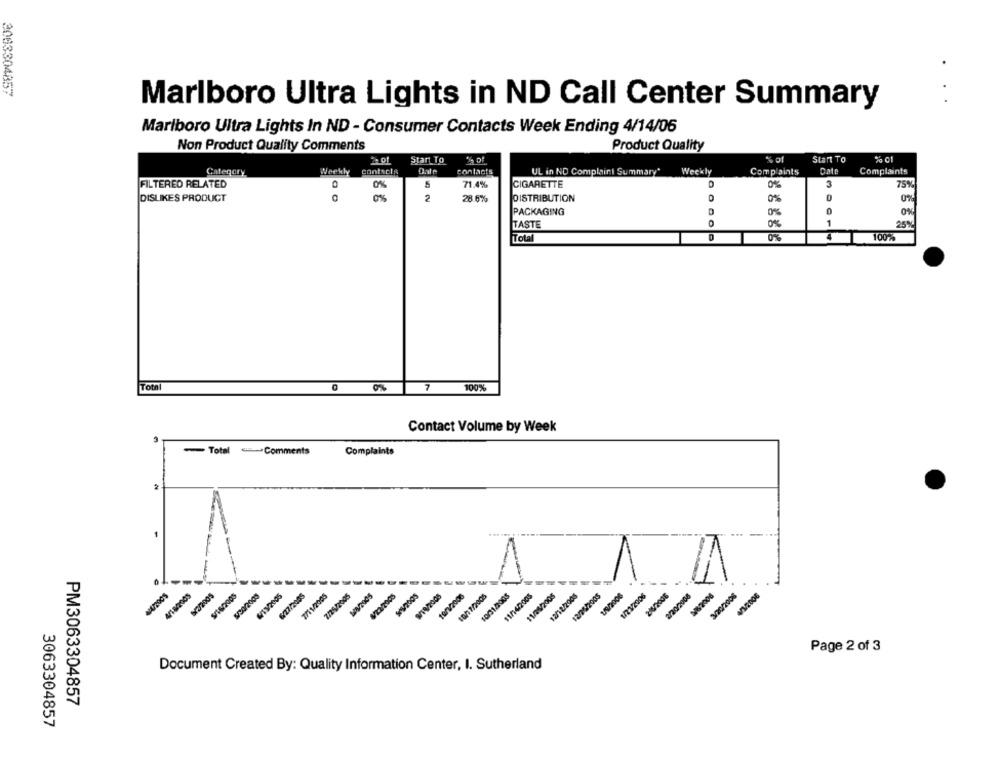
2003304857
Marlboro Ultra Lights in ND Call Center Summary
Marlboro Ultra Lights In ND - Consumer Contacts Week Ending 4/14/06
Non Product Quality Comments
Product Quality
Star To
% of
% of
Start To
% c1
Category
Weekly
contacts
contacts
UL in ND Complaint Summary"
Weekly
Complaints
Date
Complaints
71.4%
3
FILTERED RELATED
0%
CIGARETTE
0%
75%
DISLIKES PRODUCT
0%
2
28 6%
DISTRIBUTION
0%
0%
PACKAGING
0%
0%
TASTE
O
0%
1
25%
Total
0%
4
100%
Toth
7 100%
Contact Volume by Week
- Total Comments
Complaints
1
--
-
1
ZA
MATROOS
M/3/2005
W/27/2055
7/25/2005
SPS/2005
10/11/2005
11/26/2005
12/12/2005
19/2006
1/21/2006
216/2006
2/209/2008
SOOLAM
SOOZIERI
Page 2 of 3
Document Created By: Quality Information Center, I. Sutherland
PM3063304857
3063304857